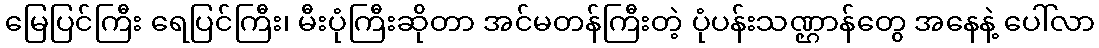
မြေပြင်ကြီး ရေပြင်ကြီး၊ မီးပုံကြီးဆိုတာ အင်မတန်ကြီးတဲ့ ပုံပန်းသဏ္ဌာန်တွေ အနေနဲ့ ပေါ်လာ